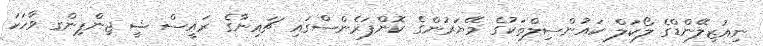
ނިއުޒިލޭންޑްގެ ލޯކަލް ކައުންސިލްތަކުގެ މޭޔަރުންގެ ކޮންފަރެންސްގައި ޗައިނާގެ ރައީސް ޝީ ޖިންޕިންގ ވާހަކަ